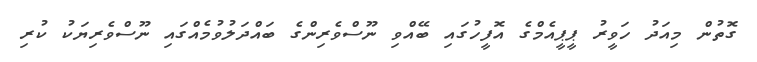
ގޮތުން މިއަދު ހަވީރު ޕީޕީއެމްގެ އޮފީހުގައި ބޭއްވި ނޫސްވެރިންގެ ބައްދަލުވުމެއްގައި ނޫސްވެރިޔަކު ކުރި